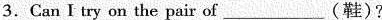
3.Can I try on the pair of ___ (鞋)?